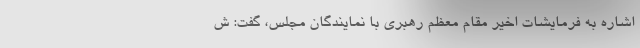
اشاره‌ به فرمایشات اخیر مقام معظم رهبری با نمایندگان مجلس، گفت: ش